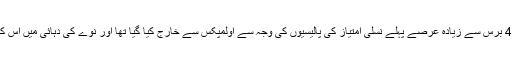
جنوبی افریقہ کو 40 برس سے زیادہ عرصے پہلے نسلی امتیاز کی پالیسیوں کی وجہ سے اولمپکس سے خارج کیا گیا تھا اور نوے کی دہائی میں اس کی واپسی ہوئی تھی۔